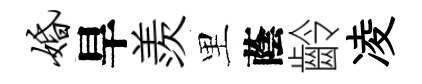
婚旱羨里蔭齡凌